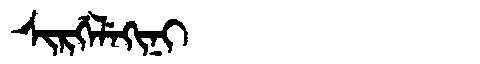
Manchu: ᠰᡳᡵᡤᡝᠯᡝᡴᡳᠨᡳ
Romanization: SIRGELEKINI